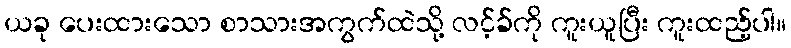
ယခု ပေးထားသော စာသားအကွက်ထဲသို့ လင့်ခ်ကို ကူးယူပြီး ကူးထည့်ပါ။